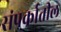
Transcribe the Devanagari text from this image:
संपर्कातील